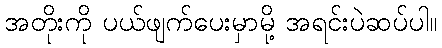
အတိုးကို ပယ်ဖျက်ပေးမှာမို့ အရင်းပဲဆပ်ပါ။